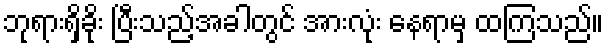
ဘုရားရှိခိုး ပြီးသည့်အခါတွင် အားလုံး နေရာမှ ထကြသည်။